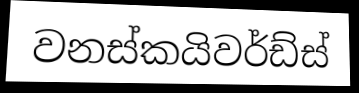
වනස්කයිවර්ඩ්ස්